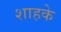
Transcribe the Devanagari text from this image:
शाहके